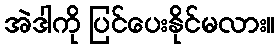
အဲဒါကို ပြင်ပေးနိုင်မလား။